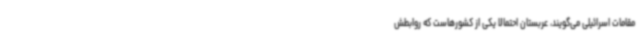
مقامات اسرائیلی می‌گویند، عربستان احتمالا یکی از کشورهاست که روابطش